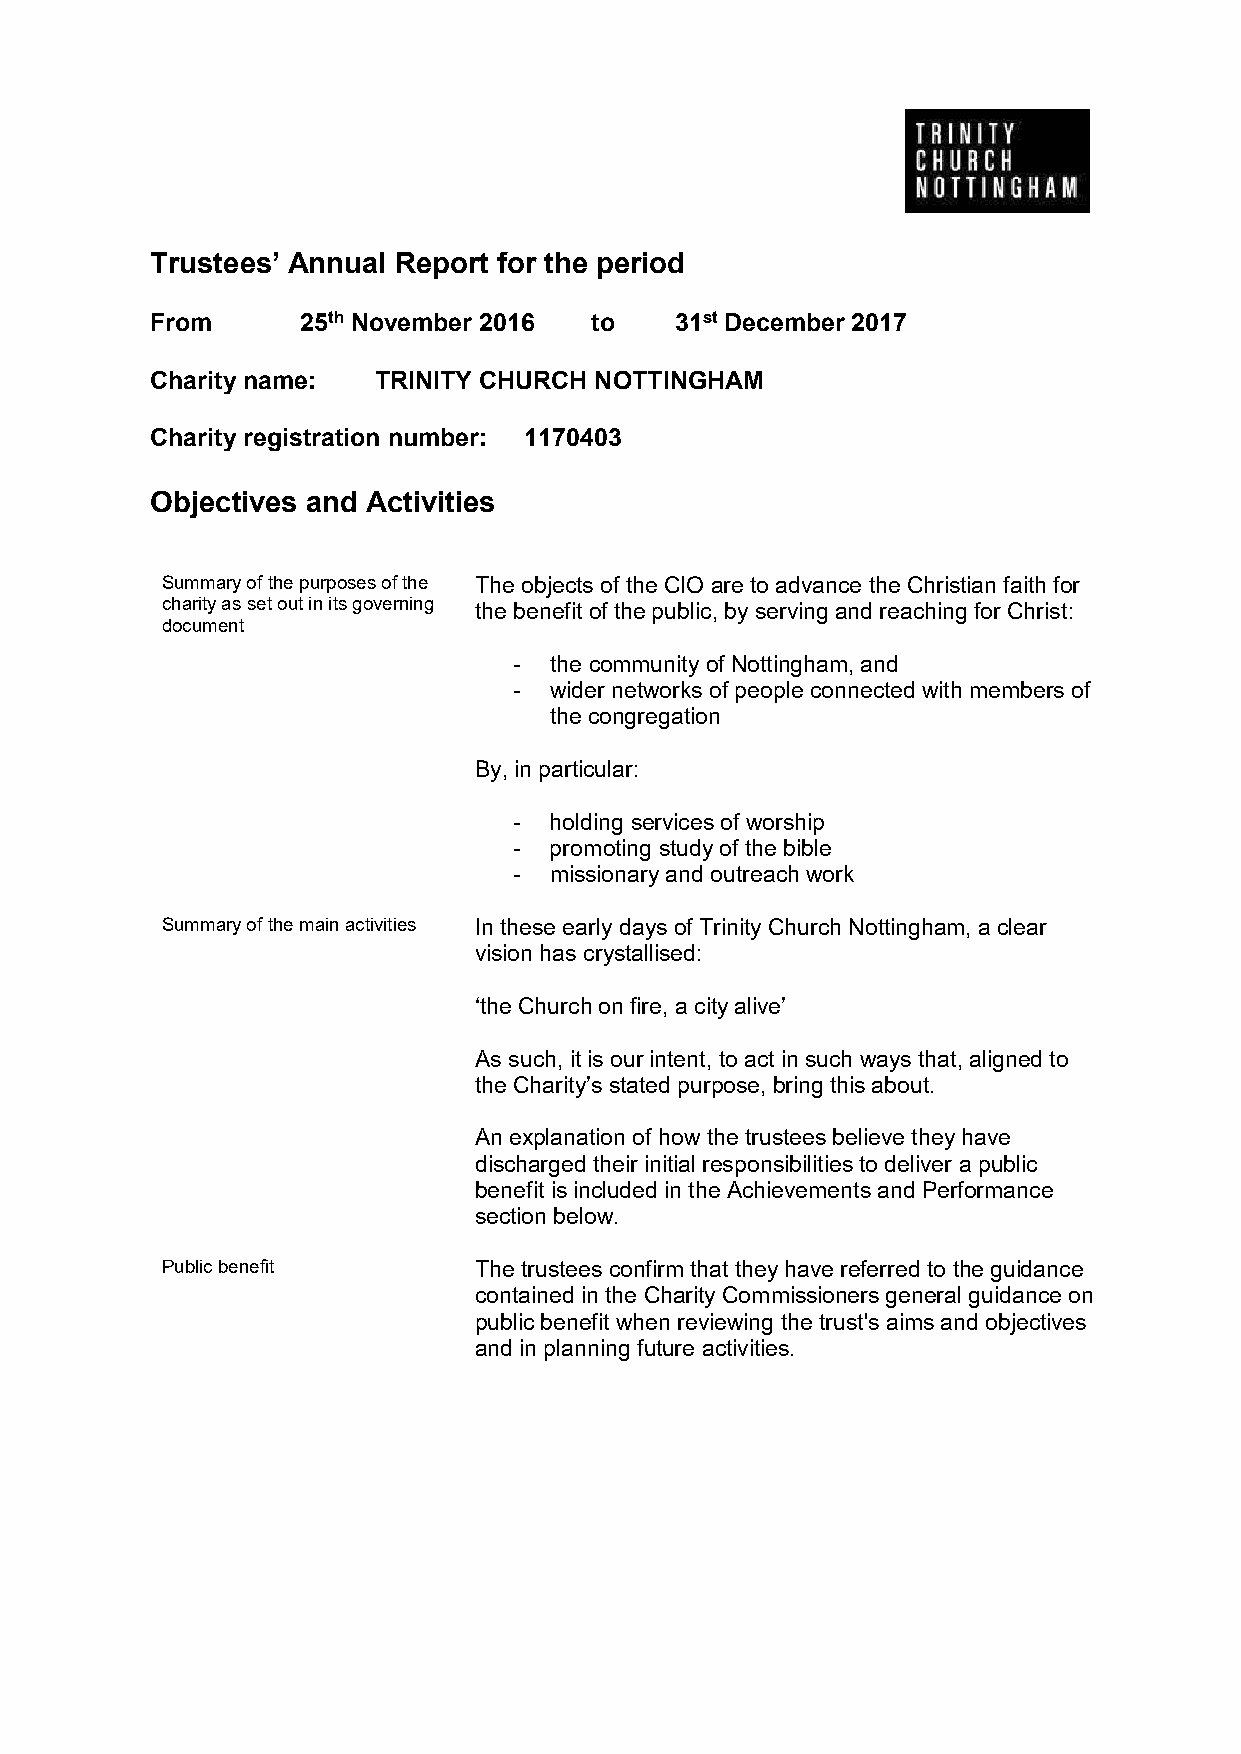
Trustees’ Annual Report for the period
 From      25th November 2016 to    31st December 2017
 Charity name:  TRINITY CHURCH NOTTINGHAM
 Charity registration number: 1170403
 Objectives and Activities
 Summary of the purposes of the The objects of the CIO are to advance the Christian faith for
 charity as set out in its governing the benefit of the public, by serving and reaching for Christ:
 document
 - the community of Nottingham, and
 - wider networks of people connected with members of
 the congregation
 By, in particular:
 - holding services of worship
 - promoting study of the bible
 - missionary and outreach work
 Summary of the main activities In these early days of Trinity Church Nottingham, a clear
 vision has crystallised:
 ‘the Church on fire, a city alive’
 As such, it is our intent, to act in such ways that, aligned to
 the Charity’s stated purpose, bring this about.
 An explanation of how the trustees believe they have
 discharged their initial responsibilities to deliver a public
 benefit is included in the Achievements and Performance
 section below.
 Public benefit      The trustees confirm that they have referred to the guidance
 contained in the Charity Commissioners general guidance on
 public benefit when reviewing the trust's aims and objectives
 and in planning future activities.